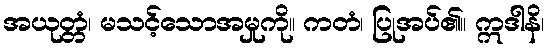
အယုတ္တံ၊ မသင့်သောအမှုကို။ ကတံ၊ ပြုအပ်၏။ ဣဒါနိ၊